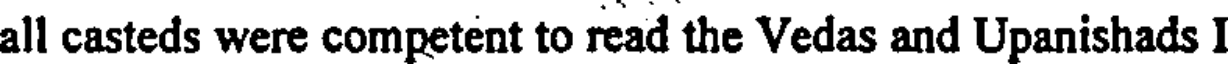
all casteds were competent to read the Vedas and Upanishads I